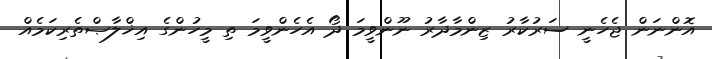
އޮންނަން ޖެހެނީ ސަރުކާރު ޒިންމާދާރު ނޫންވީމަ ދޯ އެހެންވީމަ ތި މީހުންގެ އިޚްލާޞްތެރިކަމެއް